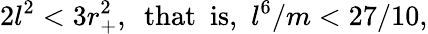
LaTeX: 2l^{2}<3r_{+}^{2},\ \ \mathrm{that\ \ is,}\ \ l^{6}/m<27/10,